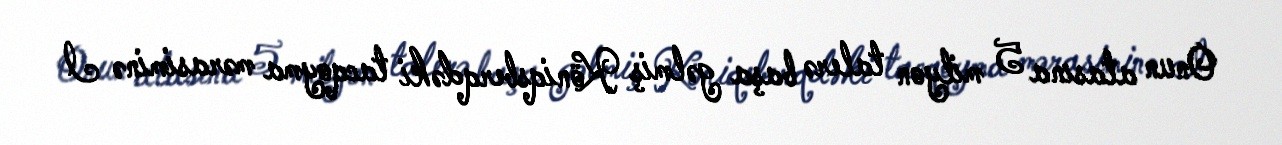
Onun atasına 5 milyon talerə başa gəlmiş Köniqsberqdəki tacqoyma mərasiminə I